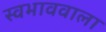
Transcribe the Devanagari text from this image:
स्वभाववाला